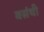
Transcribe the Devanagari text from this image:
वसंथी